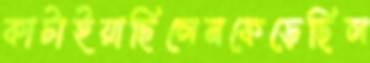
কাটাইয়াছিলেনকেড়েছিল